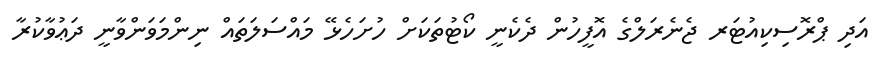
އަދި ޕްރޮސިކިއުޓަރ ޖެނެރަލްގެ އޮފީހުން ދެކެނީ ކޯޓުތަކަށް ހުށަހެޅޭ މައްސަލަތައް ނިންމަވަންވާނީ ދަޢުވާކުރާ